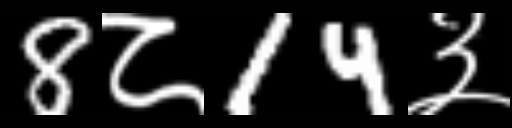
Text: 8८14३